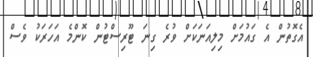
އެގޮތުން އެ ގައުމަށް މިލިއަނަކަށް ވުރެ ގިނަ ޓޫރިސްޓުން ކޮންމެ އަހަރަކު ވެސް